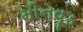
મીનવૂડ